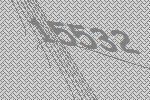
15532